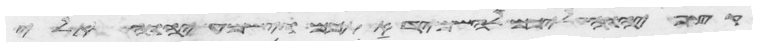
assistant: קצף יהוה עליכם להשמיד אתכם וישמע יהוה אלי